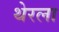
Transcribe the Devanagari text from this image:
थेरला